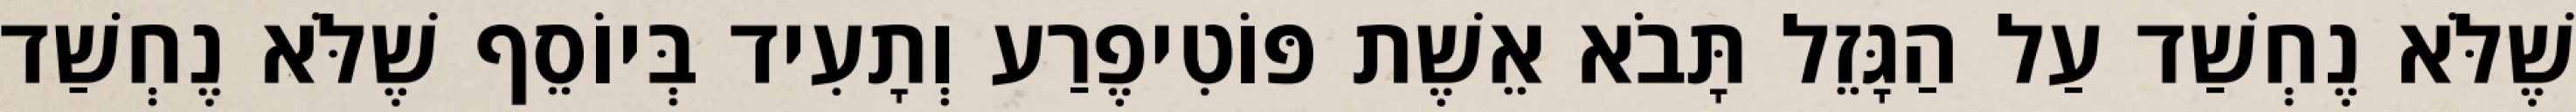
שֶׁלֹּא נֶחְשַׁד עַל הַגָּזֵל תָּבֹא אֵשֶׁת פּוֹטִיפֶרַע וְתָעִיד בְּיוֹסֵף שֶׁלֹּא נֶחְשַׁד